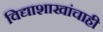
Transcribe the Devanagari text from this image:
विद्याशाखांचाही